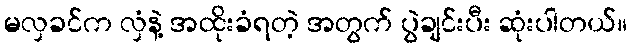
မလှခင်က လှံနဲ့ အထိုးခံရတဲ့ အတွက် ပွဲချင်းပီး ဆုံးပါတယ်။